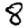
Digit: 8